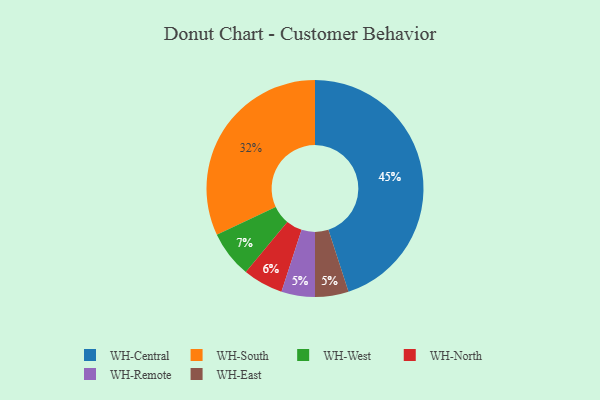
{"axis": {"x": "Category", "y": "Percentage"}, "legend": ["WH-Central", "WH-East", "WH-North", "WH-Remote", "WH-South", "WH-West"], "data": [{"x": "WH-West", "y": 7, "type": "WH-West"}, {"x": "WH-Central", "y": 45, "type": "WH-Central"}, {"x": "WH-Remote", "y": 5, "type": "WH-Remote"}, {"x": "WH-South", "y": 32, "type": "WH-South"}, {"x": "WH-East", "y": 5, "type": "WH-East"}, {"x": "WH-North", "y": 6, "type": "WH-North"}]}